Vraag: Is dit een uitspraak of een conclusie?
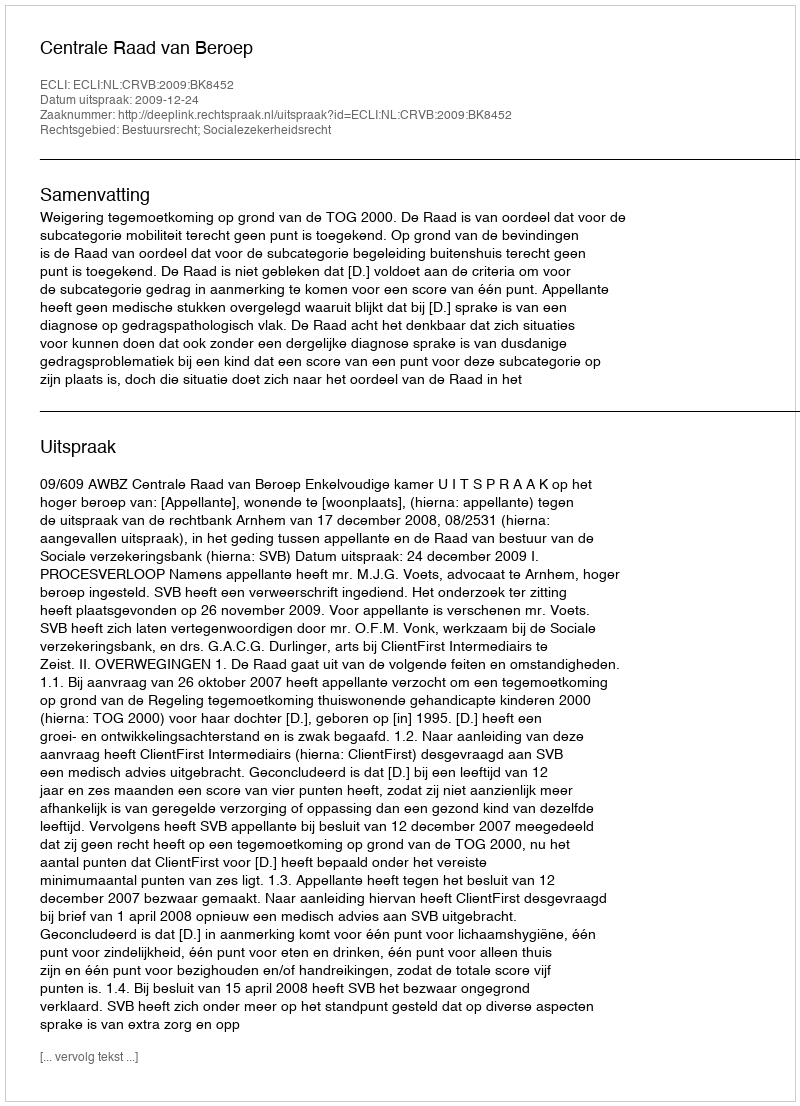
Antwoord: Uitspraak